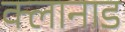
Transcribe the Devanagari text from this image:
क्लानाड